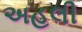
અહલી